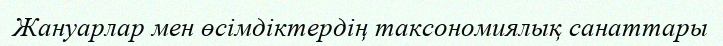
Жануарлар мен өсімдіктердің таксономиялық санаттары